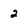
Character: 2